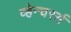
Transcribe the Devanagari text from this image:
व्हेन्चरर्स